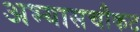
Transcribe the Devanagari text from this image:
अभ्यासचौकट